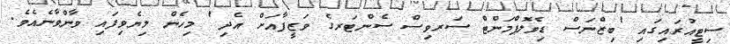
ސިޓީއުރައިގައި 'ބިޒްނަސް ޑިވެލޮޕްމަންޓް ސަރވިސް ސެންޓަރގެ ވަޒީފާއަށް އެދި' މިހެން ލިޔެވިފައި ވާންވާނެއެވެ.